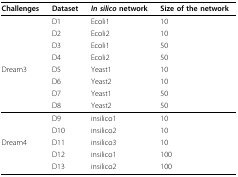
<table><thead><tr><td><b>Challenges</b></td><td><b>Dataset</b></td><td><b><i>In silico </i>network</b></td><td><b>Size of the network</b></td></tr></thead><tbody><tr><td></td><td>D1</td><td>Ecoli1</td><td>10</td></tr><tr><td></td><td>D2</td><td>Ecoli2</td><td>10</td></tr><tr><td></td><td>D3</td><td>Ecoli1</td><td>50</td></tr><tr><td></td><td>D4</td><td>Ecoli2</td><td>50</td></tr><tr><td>Dream3</td><td>D5</td><td>Yeast1</td><td>10</td></tr><tr><td></td><td>D6</td><td>Yeast2</td><td>10</td></tr><tr><td></td><td>D7</td><td>Yeast1</td><td>50</td></tr><tr><td></td><td>D8</td><td>Yeast2</td><td>50</td></tr><tr><td></td><td>D9</td><td>insilico1</td><td>10</td></tr><tr><td></td><td>D10</td><td>insilico2</td><td>10</td></tr><tr><td>Dream4</td><td>D11</td><td>insilico3</td><td>10</td></tr><tr><td></td><td>D12</td><td>insilico1</td><td>100</td></tr><tr><td></td><td>D13</td><td>insilico2</td><td>100</td></tr></tbody></table>